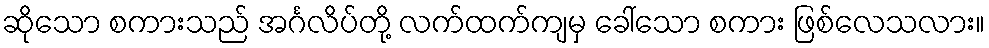
ဆိုသော စကားသည် အင်္ဂလိပ်တို့ လက်ထက်ကျမှ ခေါ်သော စကား ဖြစ်လေသလား။